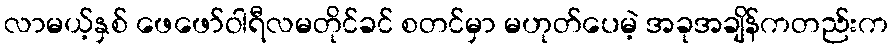
လာမယ့်နှစ် ဖေဖော်ဝါရီလမတိုင်ခင် စတင်မှာ မဟုတ်ပေမဲ့ အခုအချိန်ကတည်းက